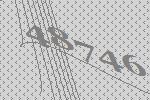
48746